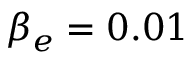
\beta _ { e } = 0 . 0 1